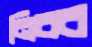
নিবব